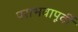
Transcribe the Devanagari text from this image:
पराभवापूर्वी